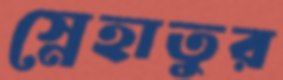
স্নেহাতুর